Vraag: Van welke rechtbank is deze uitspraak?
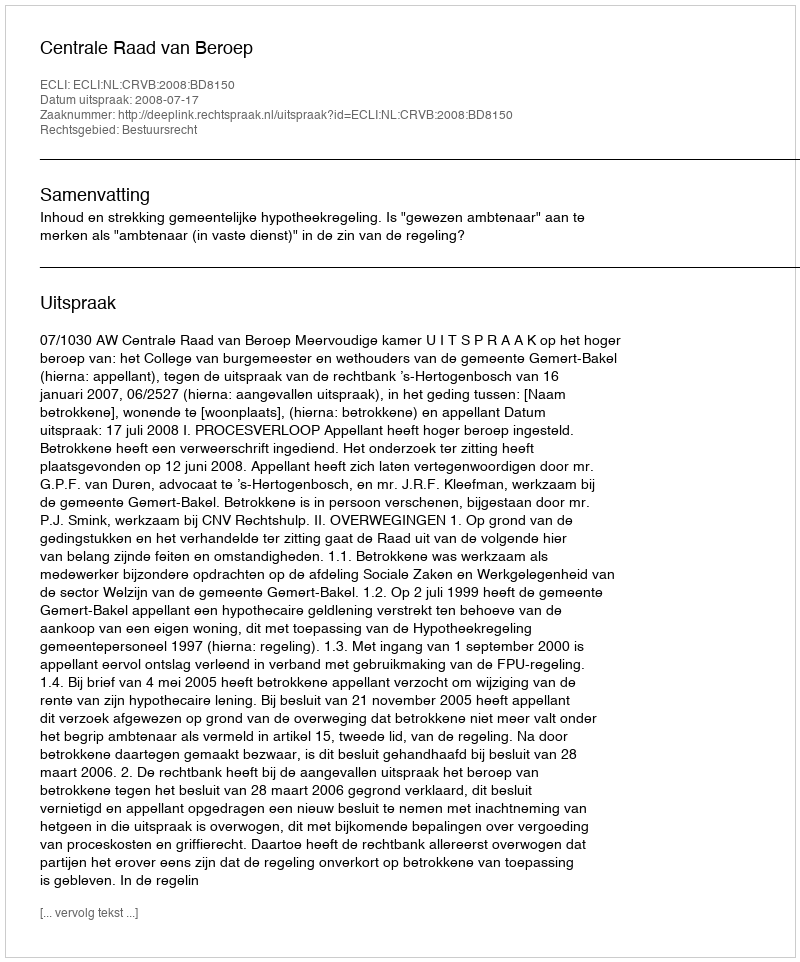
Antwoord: Centrale Raad van Beroep